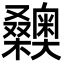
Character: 𣡉